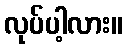
လုပ်ပါ့လား။